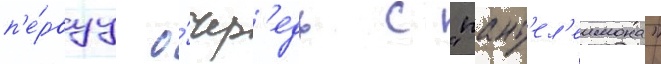
п'е́рвуу о́чер'едь с "пант'ел'еимона"